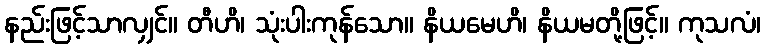
နည်းဖြင့်သာလျှင်။ တီဟိ၊ သုံးပါးကုန်သော။ နိယမေဟိ၊ နိယမတို့ဖြင့်။ ကုသလံ၊